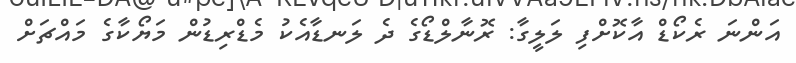
އަންނަ ރެކޯޑް އާކޮށްފި ލަލީގާ: ރޮނާލްޑޯގެ ދެ ލަނޑާއެކު މެޑްރިޑުން މަޔޯކާގެ މައްޗަށް